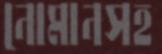
নোমানসহ